Report on horse surra - Volume I
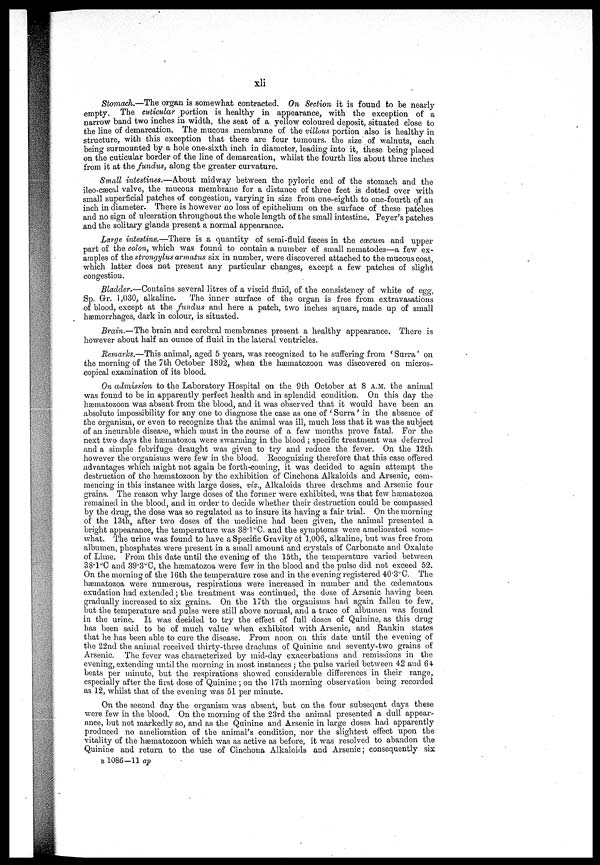
xli
Stomach.—The organ is somewhat contracted. On Section it is found to be nearly-
empty. The cuticular portion is healthy in appearance, with the exception of a
narrow band two inches in width, the seat of a yellow coloured deposit, situated close to
the line of demarcation. The mucous membrane of the villous portion also is healthy in
structure, with this exception that there are four tumours, the size of walnuts, each
being surmounted by a hole one-sixth inch in diameter, leading into it, these being placed
on the cuticular border of the line of demarcation, whilst the fourth lies about three inches
from it at the fundus, along the greater curvature.
Small intestines.—About midway between the pyloric end of the stomach and the
ileo-cæcal valve, the mucous membrane for a distance of three feet is dotted over with
small superficial patches of congestion, varying in size from one-eighth to one-fourth of an
inch in diameter. There is however no loss of epithelium on the surface of these patches
and no sign of ulceration throughout the whole length of the small intestine. Peyer's patches
and the solitary glands present a normal appearance.
Large intestine.—There is a quantity of semi-fluid fæces in the cæcum and upper
part of the colon, which was found to contain a number of small nematodes—a few ex-
amples of the strogylus armatus six in number, were discovered attached to the mucous coat,
which latter does not present any particular changes, except a few patches of slight
congestion.
Bladder.—Contains several litres of a viscid fluid, of the consistency of white of egg,
Sp. Gr, 1,030, alkaline.
The inner surface of the organ is free from extravasations
of blood, except at the fundus and here a patch, two inches square, made up of small
hæmorrhages, dark in colour, is situated.
Brain.—The brain and cerebral membranes present a healthy appearance. There is
however about half an ounce of fluid in the lateral ventricles.
Remarks.—This animal, aged 5 years, was recognized to be suffering from ' Surra' on
the morning of the 7th October 1892, when the hæmatozoon was discovered on micros-
copical examination of its blood.
On admission to the Laboratory Hospital on the 9th October at 8 A.M. the animal
was found to be in apparently perfect health and in splendid condition. On this day the
hæmatozoon was absent from the blood, and it was observed that it would have been an
absolute impossibility for any one to diagnose the case as one of 'Surra' in the absence of
the organism, or even to recognize that the animal was ill, much less that it was the subject
of an incurable disease, which must in the course of a few months prove fatal. For the
next two days the hæmatozoa were swarming in the blood ; specific treatment was deferred
and a simple febrifuge draught was given to try and reduce the fever. On the 12th
however the "organisms were few in the blood. Recognizing therefore that this case offered
advantages which might not again be forth-eoming, it was decided to again attempt the
destruction of the hæmatozoon by the exhibition of Cinchona Alkaloids and Arsenic, com-
mencing in this instance with large doses, viz., Alkaloids three drachms and Arsenic four
grains. The reason why large doses of the former were exhibited, was that few hæmiatozoa
remained in the blood, and in order to decide whether their destruction could be compassed
by the drug, the dose was so regulated as to insure its having a fair trial. On the morning
of the 13th, after two doses of the medicine had been given, the animal presented a
bright appearance, the temperature was 38.1°C. and the symptoms were ameliorated some-
what. The urine was found to have a Specific Gravity of 1,006, alkaline, but was free from
albumen, phosphates were present in a small amount and crystals of Carbonate and Oxalate
of Lime. From this date until the evening of the 15th, the temperature varied between
38.l°C and 39.3°C, the hæmatozoa were few in the blood and the pulse did not exceed 52.
On the morning of the 16th the temperature rose and in the evening registered 40.3°C. The
hæmatozoa were numerous, respirations were increased in number and the œdematous
exudation had extended; the treatment was continued, the dose of Arsenic having been
gradually increased to six grains. On the 17th the orgauisms had again fallen to few,
but the temperature and pulse were still above normal, and a trace of albumen was found
in the urine. It was decided to try the effect of full doses of Quinine, as this drug
has been said to be of much value when exhibited with Arsenic, and Rankin states
that he has been able to cure the disease. From noon on this date until the evening of
the 22nd the animal received thirty-three drachms of Quinine and seventy-two grains of
Arsenic. The fever was characterized by mid-day exacerbations and remissions in the
evening, extending until the morning in most instances ; the pulse varied between 42 and 64,
beats per minute, but the respirations showed considerable differences in their range,
especially after the first dose of Quinine ; on the 17th morning observation being recorded
as 12, whilst that of the evening was 51 per minute.
On the second day the organism was absent, but on the four subseqent days these
were few in the blood. On the morning of the 23rd the animal presented a dull appear-
ance, but not markedly so, and as the Quinine and Arsenic in large doses had apparently
produced no amelioration of the animal's condition, nor the slightest effect upon the
vitality of the hæmatozoon which was as active as before, it was resolved to abandon the
Quinine and return to the use of Cinchona Alkaloids and Arsenic; consequently six
B 1086-11 op